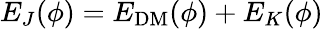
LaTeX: E_{J}(\phi)=E_{\mathrm{DM}}(\phi)+E_{K}(\phi)